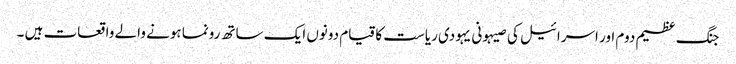
جنگ عظیم دوم اور اسرائیل کی صیہونی یہودی ریاست کا قیام دونوں ایک ساتھ رونما ہونے والے واقعات ہیں ۔